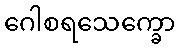
ဂေါစရသေက္ခော